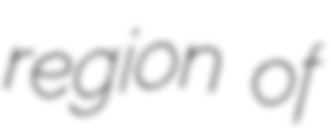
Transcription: region of